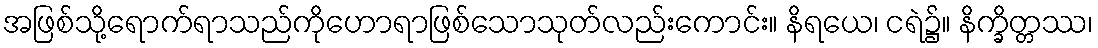
အဖြစ်သို့ရောက်ရာသည်ကိုဟောရာဖြစ်သောသုတ်လည်းကောင်း။ နိရယေ၊ ငရဲ၌။ နိက္ခိတ္တဿ၊